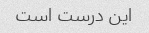
این درست است